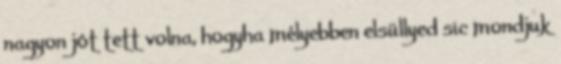
nagyon jót tett volna, hogyha mélyebben elsüllyed sic mondjuk